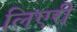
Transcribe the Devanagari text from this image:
लिएरी